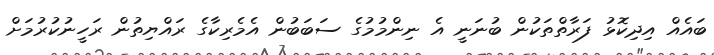
ބައެއް އިދިކޮޅު ފަރާތްތަކުން ބުނަނީ އެ ނިންމުމުގެ ސަބަބުން އެމެރިކާގެ ރައްޔިތުން ރަހީނުކުރުމަށް